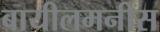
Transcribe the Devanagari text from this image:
बायीलमनीस